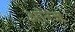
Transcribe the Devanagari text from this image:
ऑरेज